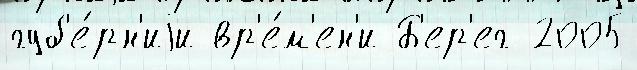
губ'е́рн'иjи вр'е́м'ен'и Б'ер'ег 2005